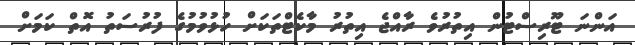
އަންނަ ޓޫރިސްޓުން އިތުރުވެ ރާއްޖެ އިތުރު މާކެޓްތަކަށް ހުޅުވުމުގެ ފުރުސަތު އޮތް ކަމަށް